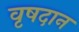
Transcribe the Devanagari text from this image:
वृषदान